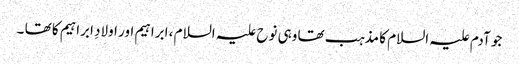
جو آدم علیہ السلام کا مذہب تھا وہی نوح علیہ السلام ، ابراہیم اور اولادِ ابراہیم کا تھا ۔